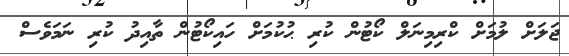
ޖަލަށް ލުމަށް ކްރިމިނަލް ކޯޓުން ކުރި ޙުކުމަށް ހައިކޯޓުން ތާއިދު ކުރި ނަމަވެސް